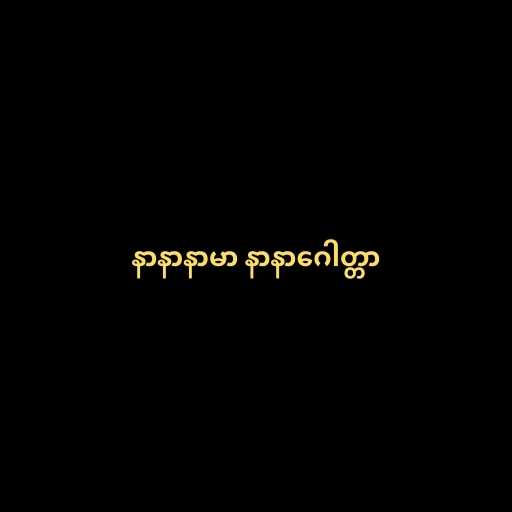
နာနာနာမာ နာနာဂေါတ္တာ